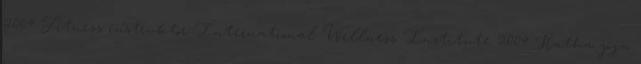
2004 Fitness instruktor International Wellness Institute 2004 Hatha jóga